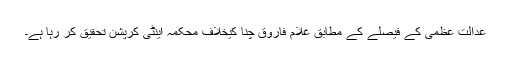
عدالت عظمٰی کے فیصلے کے مطابق غلام فاروق چنا کیخلاف محکمہ اینٹی کرپشن تحقیق کر رہا ہے۔